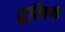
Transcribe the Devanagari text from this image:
द्रूलिंग